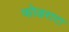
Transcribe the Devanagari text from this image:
फोडराटा